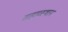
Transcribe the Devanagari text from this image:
सहाव्स्थान